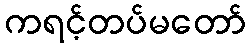
ကရင့်တပ်မတော်